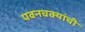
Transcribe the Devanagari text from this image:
पवनचक्यांची